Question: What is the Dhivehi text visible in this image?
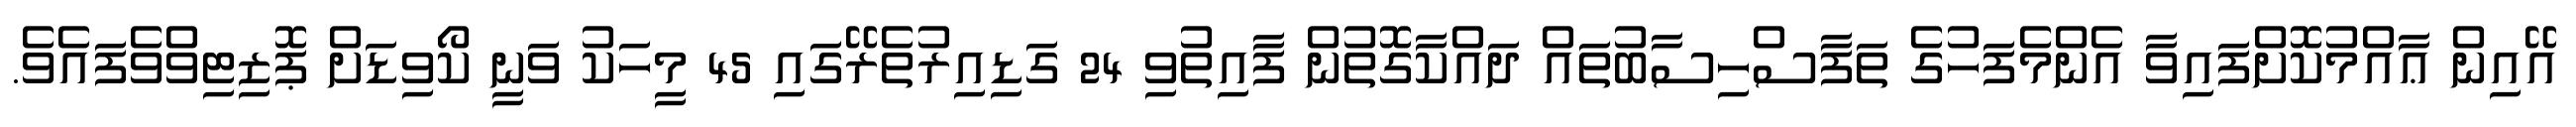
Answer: އޭއިން ޢާއްމުކޮށްފައިވާ އެންމެފަހުގެ ތަފާސްހިސާބުތައް ދައްކާގޮތުން ފާއިތުވި 24 ގަޑިއިރުތެރޭގައި 45 މީހަކު ވަނީ ކޯވިޑަށް ޕޮޒިޓިވްވެފައެވެ.